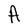
Character: A